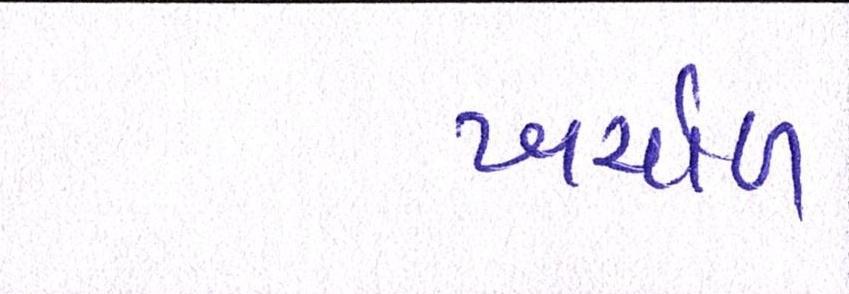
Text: ખર્ચાળ